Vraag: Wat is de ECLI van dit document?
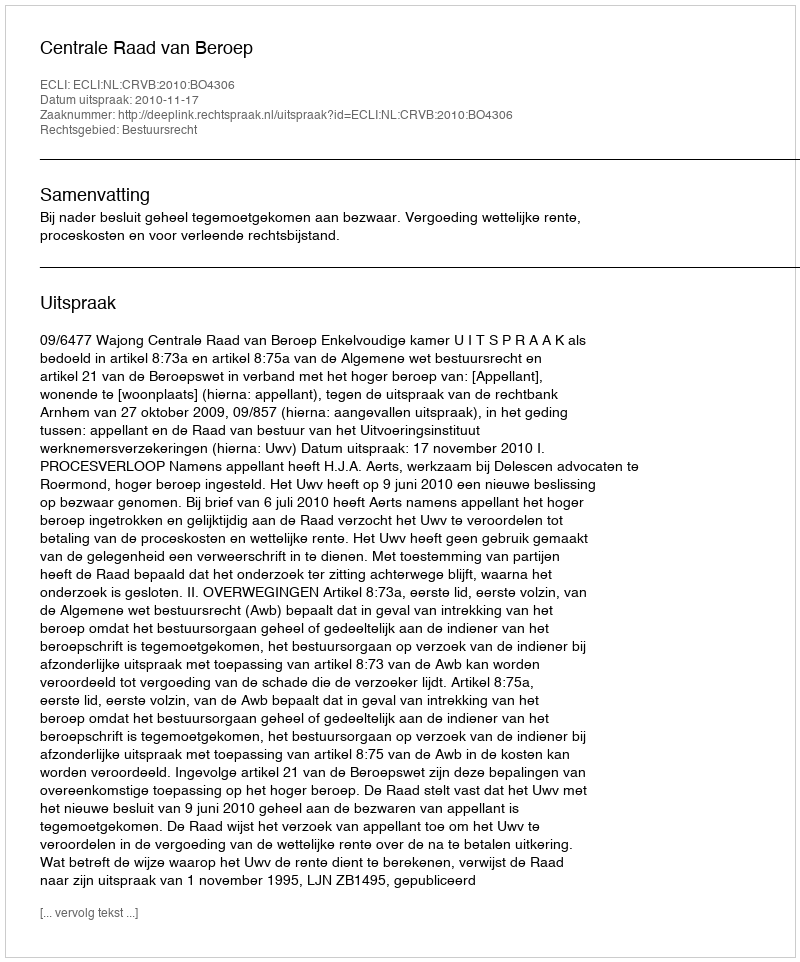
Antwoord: ECLI:NL:CRVB:2010:BO4306